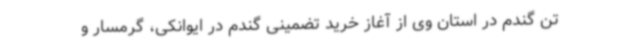
تن گندم در استان وی از آغاز خرید تضمینی گندم در ایوانکی، گرمسار و